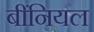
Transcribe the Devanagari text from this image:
बींनियल